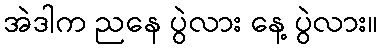
အဲဒါက ညနေ ပွဲလား နေ့ ပွဲလား။